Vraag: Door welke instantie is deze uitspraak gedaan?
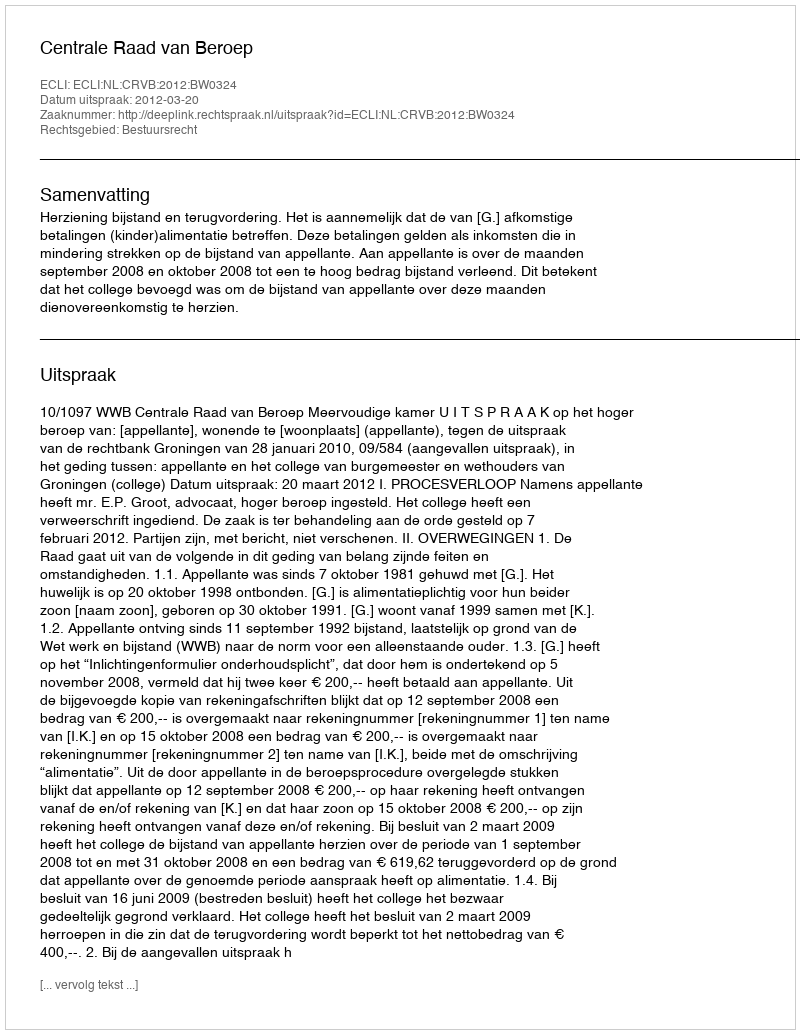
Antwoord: Centrale Raad van Beroep